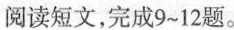
阅读短文，完成9-12题。